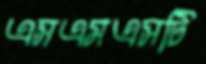
এসএমএসটি